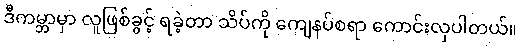
ဒီကမ္ဘာမှာ လူဖြစ်ခွင့် ရခဲ့တာ သိပ်ကို ကျေနပ်စရာ ကောင်းလှပါတယ်။